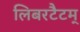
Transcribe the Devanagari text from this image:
लिबरटैटम्